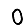
Digit: 0